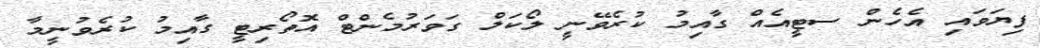
ފިޔަވައި އެހެން ސޓީއެއް ގާއިމު ކުރެވޭނީ ލޯކަލް ގަވަރުމެންޓް އޮތޯރިޓީ ގާއިމު ކުރެވުނީމާ